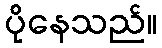
ပိုနေသည်။